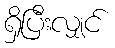
ရှိပြီးလျှင်